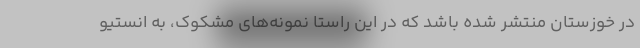
در خوزستان منتشر شده باشد که در این راستا نمونه‌های مشکوک، به انستیو